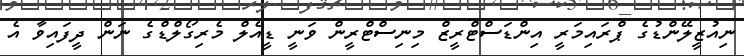
ނިއުޒީލޭންޑުގެ ޕްރައިމަރީ އިންޑަސްޓްރީޒް މިނިސްޓްރީން ވަނީ ޑީއެލް މެރިގޯލްޑްގެ ނަން ދީފައިވާ އެ